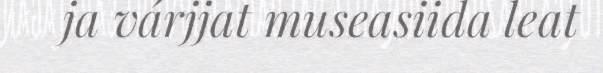
ja várjjat museasiida leat